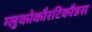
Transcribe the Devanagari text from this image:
ग्लुकोकौरटिकौडस